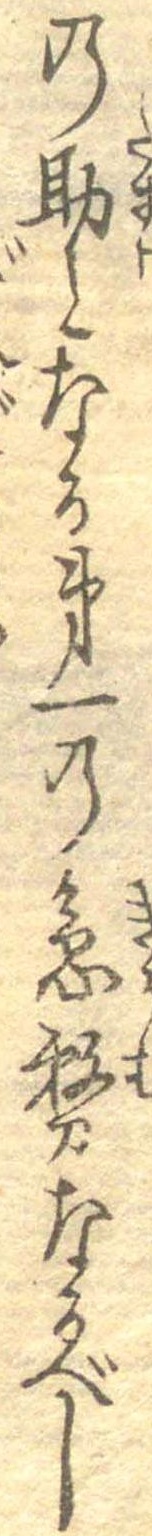
の助となる第一の急務なるべし